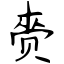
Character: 赍